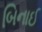
બિનાઈ